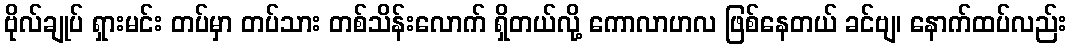
ဗိုလ်ချုပ် ရှားမင်း တပ်မှာ တပ်သား တစ်သိန်းလောက် ရှိတယ်လို့ ကောလာဟလ ဖြစ်နေတယ် ခင်ဗျ၊ နောက်ထပ်လည်း